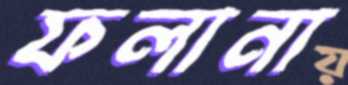
ফলানা